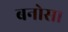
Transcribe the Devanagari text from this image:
बनोसा